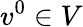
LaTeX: v^{0}\in V